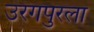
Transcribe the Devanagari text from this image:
उरगपुरला